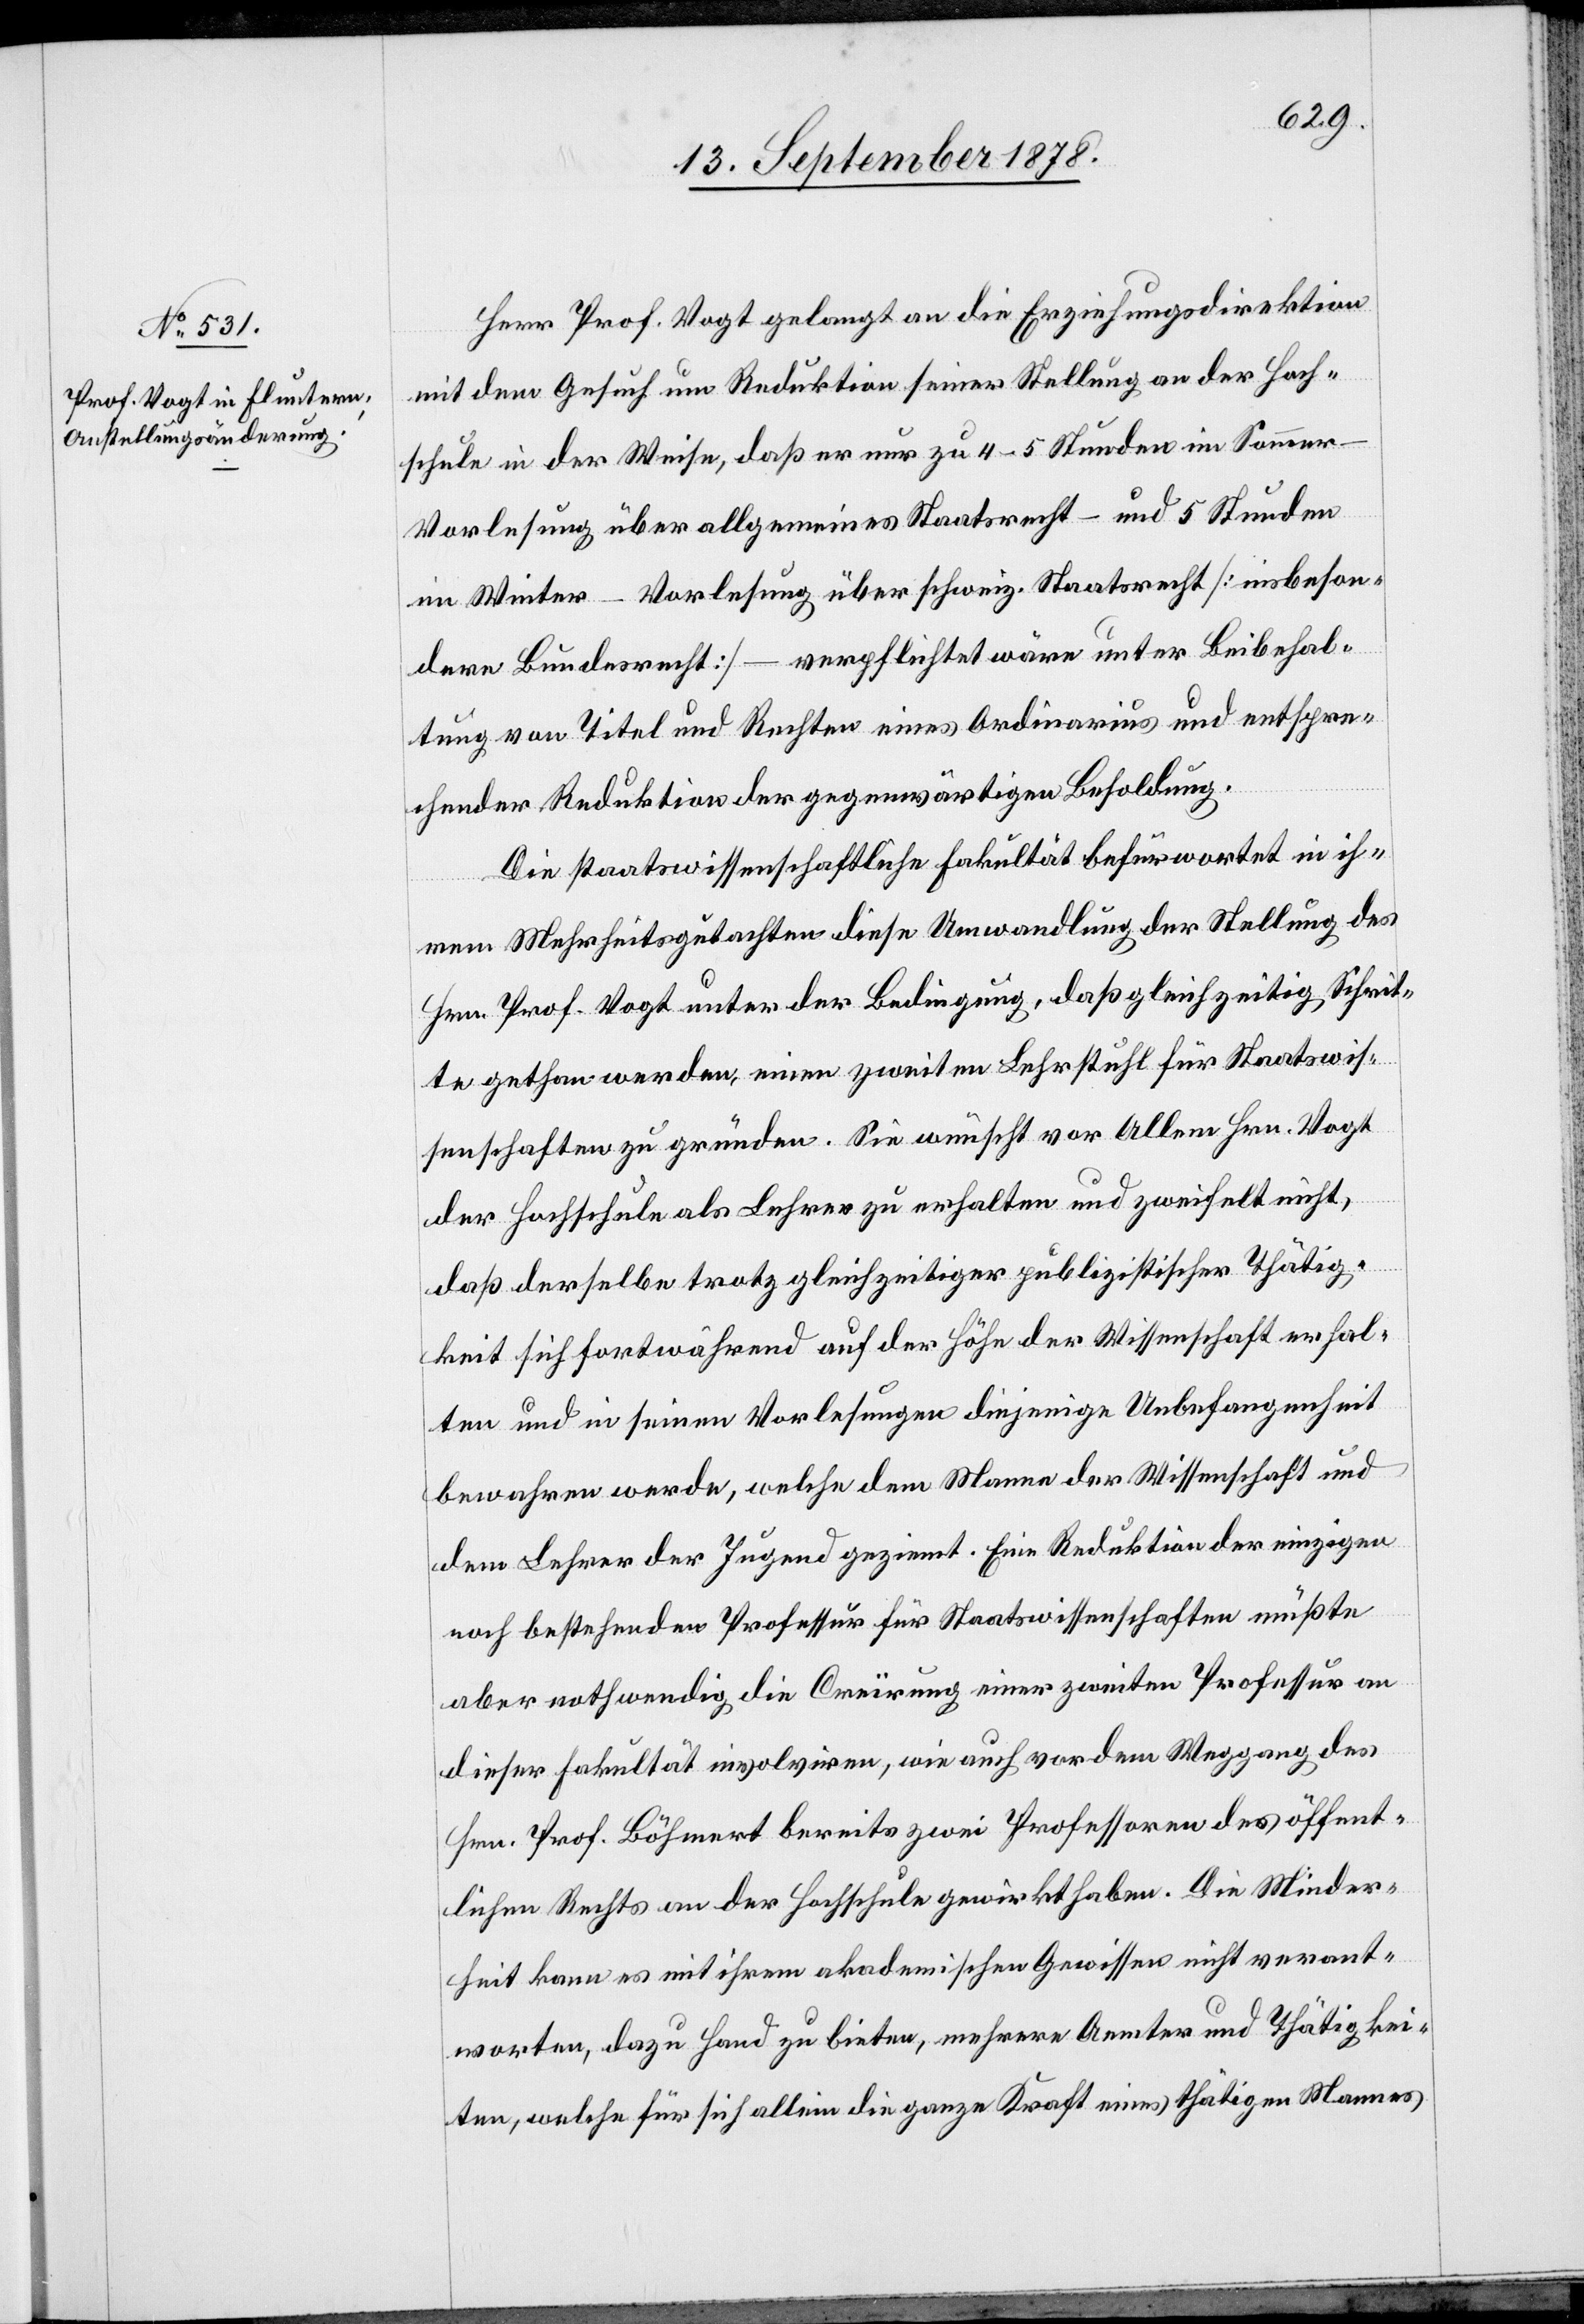
Herr Prof. Vogt gelangt an die Erziehungsdirektion
mit dem Gesuch um Reduktion seiner Stellung an der Hoch¬
schule in der Weise, daß er nur zu 4–5 Stunden im Sommer
Vorlesung über allgemeines Staatsrecht – und 5 Stunden
im Winter – Vorlesung über schweiz. Staatsrecht [insbeson¬
dere Bundesrecht] – verpflichtet wäre unter Beibehal¬
tung von Titel und Rechten eines Ordinarius und entspre¬
chender Reduktion der gegenwärtigen Besoldung.
Die staatswissenschaftliche Fakultät befürwortet in ih¬
rem Mehrheitsgutachten diese Umwandlung der Stellung des
Hrn. Prof. Vogt unter der Bedingung, daß gleichzeitig Schrit¬
te gethan werden, einen zweiten Lehrstuhl für Staatswis¬
senschaften zu gründen. Sie wünscht vor allem Hrn. Vogt
der Hochschule als Lehrer zu erhalten und zweifelt nicht,
daß derselbe trotz gleichzeitiger publizistischer Thätig¬
keit sich fortwährend auf der Höhe der Wissenschaft erhal¬
ten und in seinen Vorlesungen diejenige Unbefangenheit
bewahren werde, welche dem Manne der Wissenschaft und
dem Lehrer der Jugend geziemt. Eine Reduktion der einzigen
noch bestehenden Professur für Staatswissenschaften müßte
aber nothwendig die Creïrung einer zweiten Professur an
dieser Fakultät involviren, wie auch vor dem Weggang des
Hrn. Prof. Böhmert bereits zwei Professoren des öffent¬
lichen Rechts an der Hochschule gewirkt haben. Die Minder¬
heit kann es mit ihrem akademischen Gewissen nicht verant¬
worten, dazu Hand zu bieten, mehrere Aemter und Thätigkei¬
ten, welche für sich allein die ganze Kraft eines thätigen Mannes